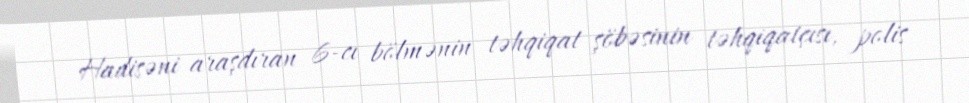
Hadisəni araşdıran 6-cı bölmənin təhqiqat şöbəsinin təhqiqatçısı, polis